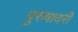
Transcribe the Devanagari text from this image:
पुरुषावरी